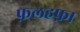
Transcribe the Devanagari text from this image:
फ़लहफ़ा